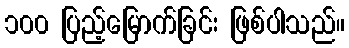
၁၀၀ ပြည့်မြောက်ခြင်း ဖြစ်ပါသည်။